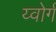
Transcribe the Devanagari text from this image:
य्वोर्ग